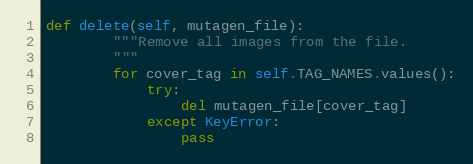
Language: Python
def delete(self, mutagen_file):
        """Remove all images from the file.
        """
        for cover_tag in self.TAG_NAMES.values():
            try:
                del mutagen_file[cover_tag]
            except KeyError:
                pass